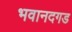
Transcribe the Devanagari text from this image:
भवानदगड